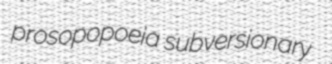
prosopopoeia subversionary